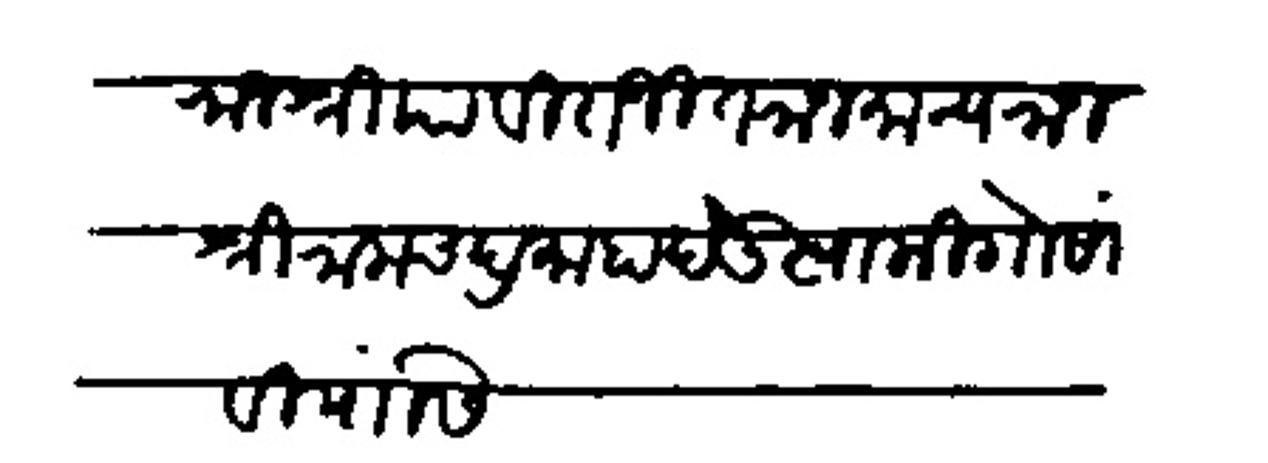
Transliteration (Devanagari): राजश्रिया विराजित राजमान्य राजश्री रामचंद्र माहादेऊ स्वामी गोसांवी यांसी